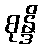
စုန္ဒိ